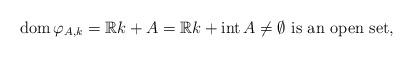
LaTeX: \begin{align*}\operatorname*{dom}\varphi _{A,k} ={\mathbb{R}}k+A={\mathbb{R}}k+\operatorname*{int}A\not= \emptyset \mbox{ is an open set},\end{align*}